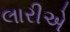
લારીએ